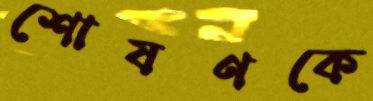
শোষণকে